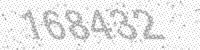
Solution: 168432